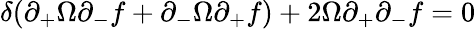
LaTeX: \delta(\partial_{+}\Omega\partial_{-}f+\partial_{-}\Omega\partial_{+}f)+2\Omega\partial_{+}\partial_{-}f=0